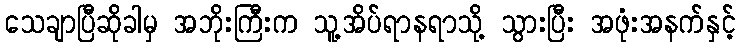
သေချာပြီဆိုခါမှ အဘိုးကြီးက သူ့အိပ်ရာနရာသို့ သွားပြီး အဖုံးအနက်နှင့်